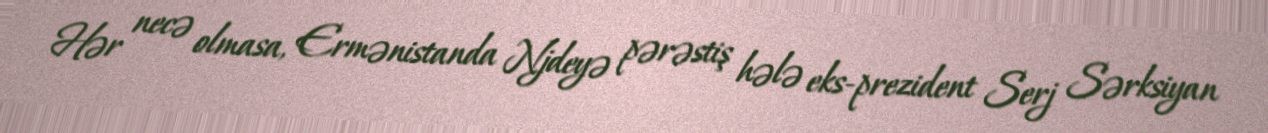
Hər necə olmasa, Ermənistanda Njdeyə pərəstiş hələ eks-prezident Serj Sərksiyan